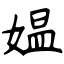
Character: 媪